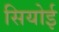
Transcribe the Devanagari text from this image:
सियोई